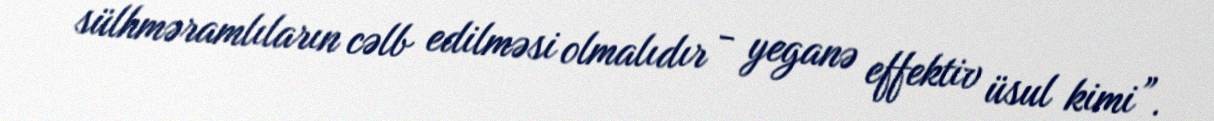
sülhməramlıların cəlb edilməsi olmalıdır - yeganə effektiv üsul kimi”.